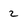
Character: 2